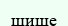
шише